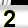
Digit: 2